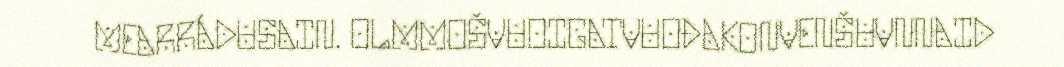
MEARRÁDUSAIN. OLMMOŠVUOIGATVUOĐAKONVENŠUVNNAID